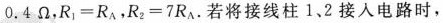
0.4Ω。$$R _ { 1 } = R _ { A }$$。$$R _ { 2 } - 7 R _ { A }$$.若将接线柱1、2接入电路时，